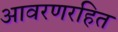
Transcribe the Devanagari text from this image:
आवरणरहित